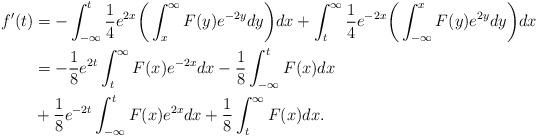
LaTeX: \begin{align*}f'(t)&=-\int_{-\infty}^t \frac{1}{4}e^{2x}\bigg(\int_x^{\infty} F(y)e^{-2y}dy\bigg)dx+\int_t^{\infty}\frac{1}{4}e^{-2x}\bigg(\int_{-\infty}^x F(y)e^{2y}dy\bigg)dx\\&=-\frac{1}{8}e^{2t}\int_t^{\infty} F(x)e^{-2x}dx -\frac{1}{8}\int_{-\infty}^t F(x)dx\\&+\frac{1}{8}e^{-2t}\int_{-\infty}^t F(x)e^{2x}dx+\frac{1}{8}\int_t^{\infty} F(x)dx.\end{align*}